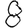
Digit: 8